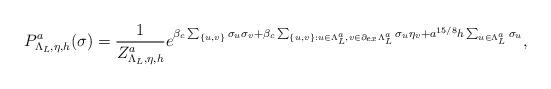
LaTeX: \begin{align*}P_{\Lambda_L,\eta, h}^{a}(\sigma)=\frac{1}{Z^a_{\Lambda_L,\eta,h}}e^{\beta_c\sum_{\{u,v\}}\sigma_u\sigma_v+\beta_c\sum_{\{u,v\}:u\in\Lambda_L^a, v\in\partial_{ex} \Lambda_L^a}\sigma_u\eta_v+a^{15/8}h\sum_{u\in\Lambda^a_{L}}\sigma_u},\end{align*}